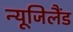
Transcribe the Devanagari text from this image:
न्यूजिलैंड